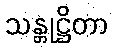
သန္တုဋ္ဌိတာ